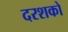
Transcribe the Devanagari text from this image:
दरशको